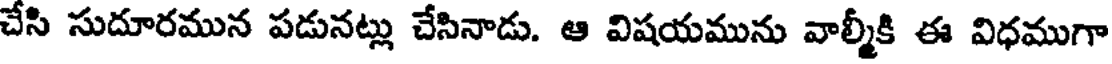
చేసి సుదూరమున పడునట్లు చేసినాడు. ఆ విషయమును వాల్మీకి ఈ విధముగా